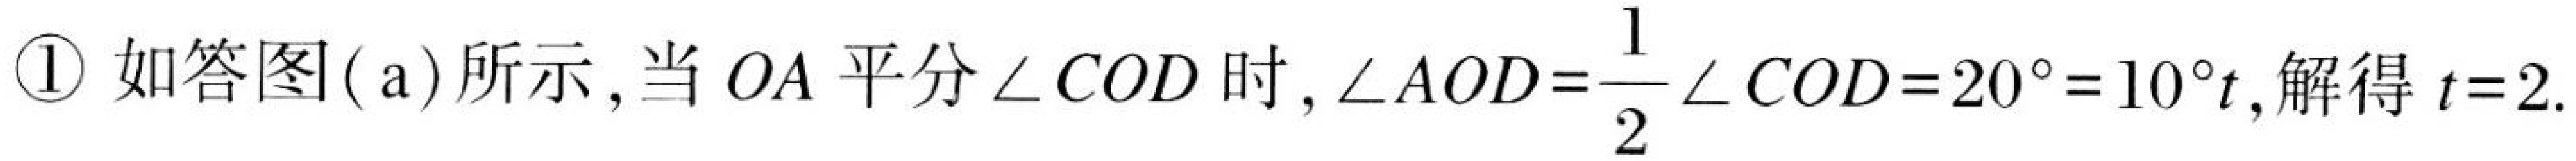
\textcircled{1}如答图(a)所示,当 \(OA\) 平分\(\angle COD\)时,\(\angle AOD = \dfrac{1}{2}\angle COD=20^{\circ}=10^{\circ}t\),解得 \(t = 2\).